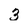
Character: 3